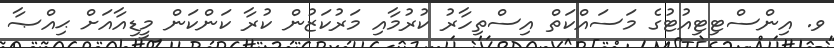
ވ. އިންސްޓިޓިއުޓުގެ މަސައްކަތް އިސްތިހާރު ކުރުމާއި މަރުކަޒުން ކުރާ ކަންކަން މީޑިއާއަށް ޙިއްޞާ